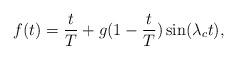
LaTeX: \begin{align*}f(t)=\frac{t}{T}+g(1-\frac{t}{T})\sin(\lambda_ct),\end{align*}